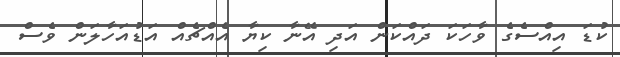
ކުޑަ އިއްސެގެ ވާހަކަ ދައްކަން އަދި އޭނާ ކިޔާ އެއްޗެއް އަޑުއަހާލަން ވެސް